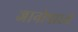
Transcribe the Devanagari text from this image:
जानोपाध्ये